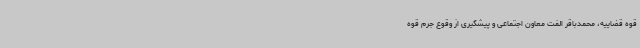
قوه قضاییه، محمدباقر الفت معاون اجتماعی و پیشگیری از وقوع جرم قوه